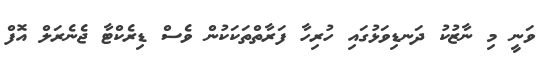
ވަނީ މި ނާޒުކު ދަނޑިވަޅުގައި ހުރިހާ ފަރާތްތަކަކުން ވެސް ޑިރެކްޓާ ޖެނެރަލް އޮފް